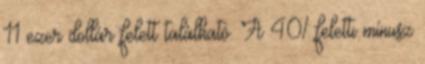
11 ezer dollár felett található. A 40% feletti mínusz